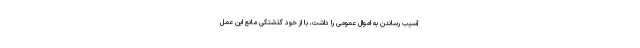
آسیب رساندن به اموال عمومی را داشت، با از خود گذشتگی مانع این عمل